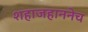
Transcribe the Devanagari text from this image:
शहाजहाननेच